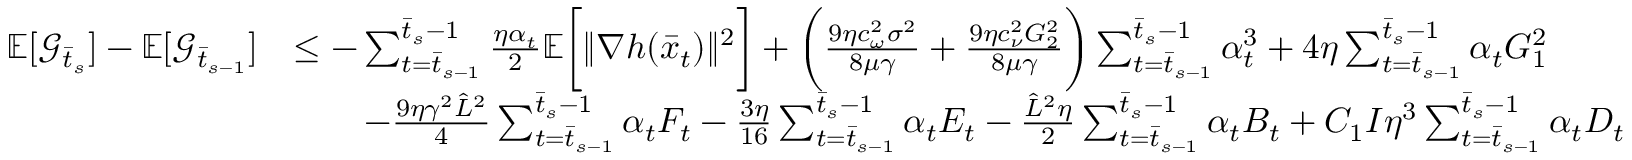
\begin{array} { r l } { \mathbb { E } [ \mathcal { G } _ { \bar { t } _ { s } } ] - \mathbb { E } [ \mathcal { G } _ { \bar { t } _ { s - 1 } } ] } & { \leq - \sum _ { t = \bar { t } _ { s - 1 } } ^ { \bar { t } _ { s } - 1 } \frac { \eta \alpha _ { t } } { 2 } \mathbb { E } \bigg [ \| \nabla h ( \bar { x } _ { t } ) \| ^ { 2 } \bigg ] + \bigg ( \frac { 9 \eta c _ { \omega } ^ { 2 } \sigma ^ { 2 } } { 8 \mu \gamma } + \frac { 9 \eta c _ { \nu } ^ { 2 } G _ { 2 } ^ { 2 } } { 8 \mu \gamma } \bigg ) \sum _ { t = \bar { t } _ { s - 1 } } ^ { \bar { t } _ { s } - 1 } \alpha _ { t } ^ { 3 } + 4 \eta \sum _ { t = \bar { t } _ { s - 1 } } ^ { \bar { t } _ { s } - 1 } \alpha _ { t } G _ { 1 } ^ { 2 } } \\ & { \qquad - \frac { 9 \eta \gamma ^ { 2 } \hat { L } ^ { 2 } } { 4 } \sum _ { t = \bar { t } _ { s - 1 } } ^ { \bar { t } _ { s } - 1 } \alpha _ { t } F _ { t } - \frac { 3 \eta } { 1 6 } \sum _ { t = \bar { t } _ { s - 1 } } ^ { \bar { t } _ { s } - 1 } \alpha _ { t } E _ { t } - \frac { \hat { L } ^ { 2 } \eta } { 2 } \sum _ { t = \bar { t } _ { s - 1 } } ^ { \bar { t } _ { s } - 1 } \alpha _ { t } B _ { t } + C _ { 1 } I \eta ^ { 3 } \sum _ { t = \bar { t } _ { s - 1 } } ^ { \bar { t } _ { s } - 1 } \alpha _ { t } D _ { t } } \end{array}